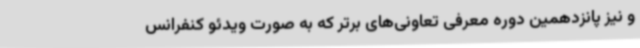
و نیز پانزدهمین دوره معرفی تعاونی‌های برتر که به صورت ویدئو کنفرانس